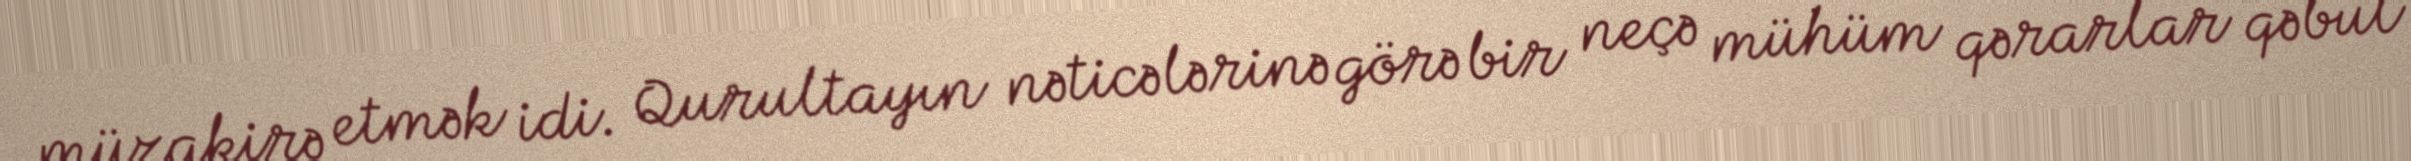
müzakirə etmək idi. Qurultayın nəticələrinə görə bir neçə mühüm qərarlar qəbul